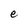
Character: e